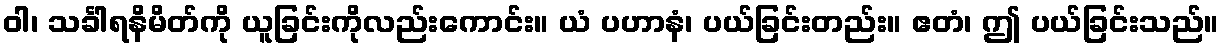
ဝါ၊ သင်္ခါရနိမိတ်ကို ယူခြင်းကိုလည်းကောင်း။ ယံ ပဟာနံ၊ ပယ်ခြင်းတည်း။ ဧတံ၊ ဤ ပယ်ခြင်းသည်။